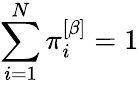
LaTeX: \sum_{i=1}^{N}\pi_{i}^{\left[\beta\right]}=1